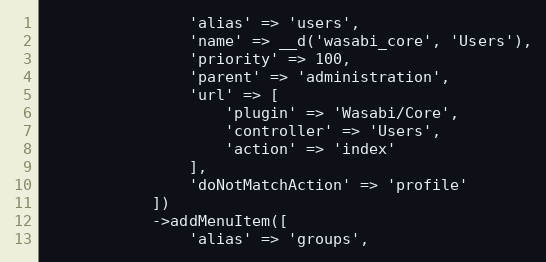
Language: PHP
                'alias' => 'users',
                'name' => __d('wasabi_core', 'Users'),
                'priority' => 100,
                'parent' => 'administration',
                'url' => [
                    'plugin' => 'Wasabi/Core',
                    'controller' => 'Users',
                    'action' => 'index'
                ],
                'doNotMatchAction' => 'profile'
            ])
            ->addMenuItem([
                'alias' => 'groups',